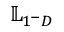
\mathbb { L } _ { 1 ^ { - } D }